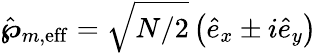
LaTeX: \hat{\boldsymbol{\wp}}_{m,\mathrm{eff}}=\sqrt{N/2}\left(\hat{e}_{x}\pm i\hat{e}_{y}\right)